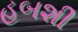
હબશી